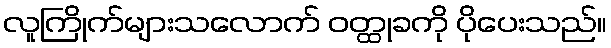
လူကြိုက်များသလောက် ဝတ္ထုခကို ပိုပေးသည်။